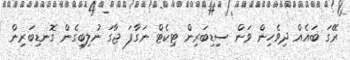
ރޭގަ ބައެއް ދިވެހިން ވަން ސިިޑިބަރިން ޓިކެޓް ނަގާފަ ޖާގަ ނުލިބިގެން ގޮނޑިބަރިން